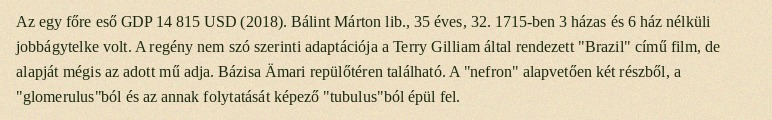
Az egy főre eső GDP 14 815 USD (2018). Bálint Márton lib., 35 éves, 32. 1715-ben 3 házas és 6 ház nélküli jobbágytelke volt. A regény nem szó szerinti adaptációja a Terry Gilliam által rendezett "Brazil" című film, de alapját mégis az adott mű adja. Bázisa Ämari repülőtéren található. A "nefron" alapvetően két részből, a "glomerulus"ból és az annak folytatását képező "tubulus"ból épül fel.